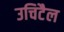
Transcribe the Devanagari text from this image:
उचिटैल